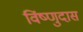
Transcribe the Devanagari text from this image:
विंष्णुदास